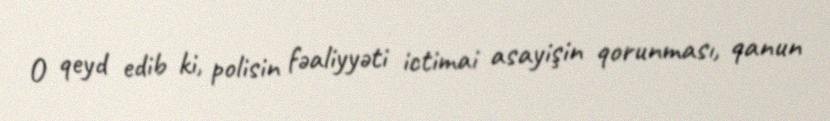
O qeyd edib ki, polisin fəaliyyəti ictimai asayişin qorunması, qanun